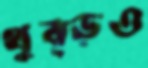
থুব্‌ড়ও